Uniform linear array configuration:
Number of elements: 16
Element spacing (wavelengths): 1
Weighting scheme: blackman
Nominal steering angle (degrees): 45
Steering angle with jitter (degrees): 45.6
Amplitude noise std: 0.05
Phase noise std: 0.05

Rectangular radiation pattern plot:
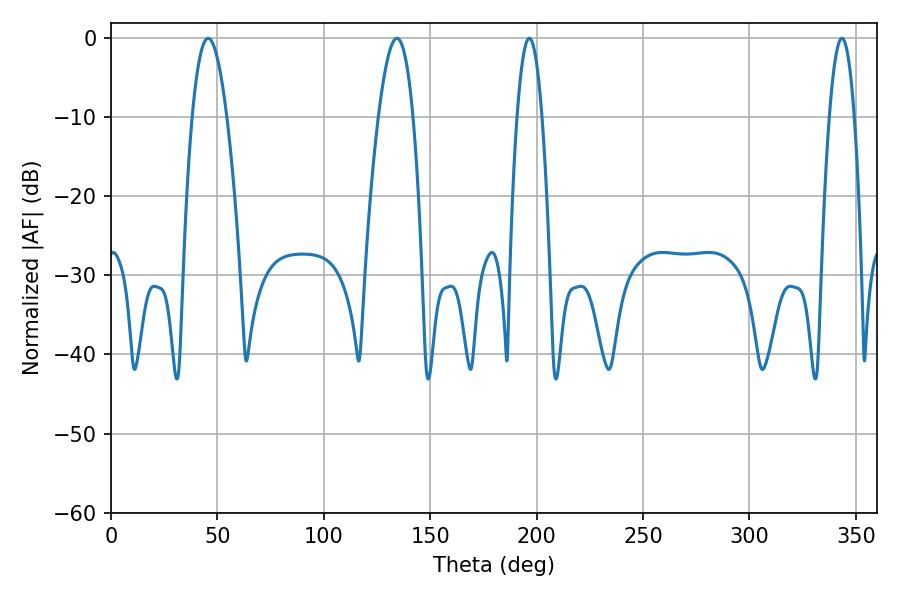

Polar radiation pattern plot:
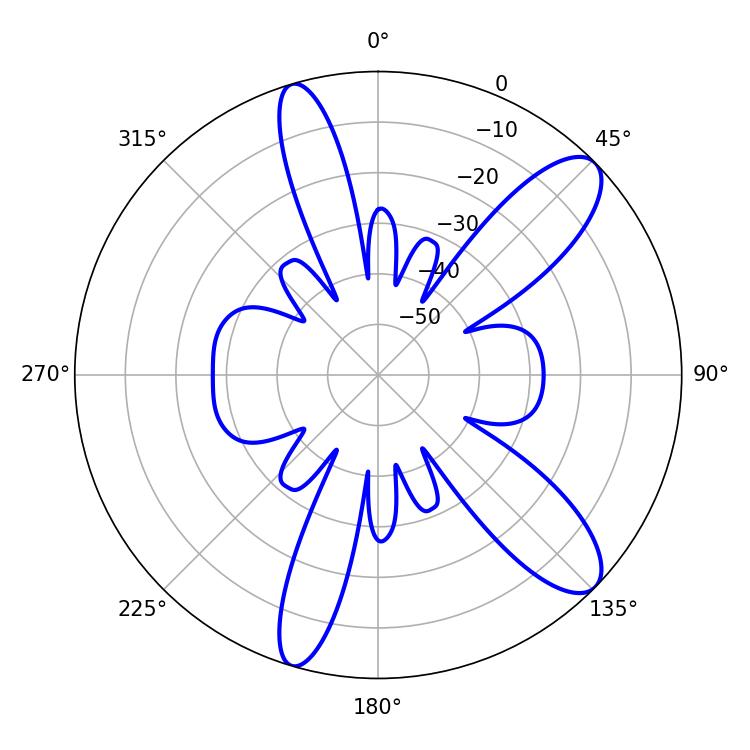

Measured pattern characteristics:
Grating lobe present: TRUE
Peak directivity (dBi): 10.684
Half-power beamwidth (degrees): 6.48
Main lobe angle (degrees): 196.56